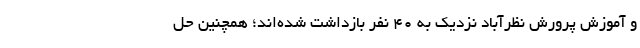
و آموزش پرورش نظرآباد نزدیک به ۴۰ نفر بازداشت شده‌اند؛ همچنین حل